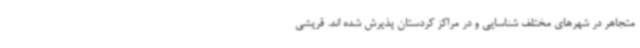
متجاهر در شهرهای مختلف شناسایی و در مراکز کردستان پذیرش شده اند. قریشی